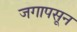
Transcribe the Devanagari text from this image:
जगापसून